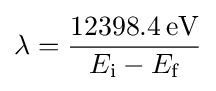
\lambda ={\frac {12398.4\,{\text{eV}}}{E_{\text{i}}-E_{\text{f}}}}